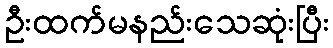
ဦးထက်မနည်းသေဆုံးပြီး